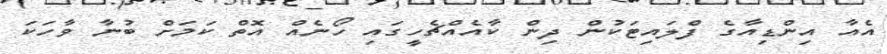
އެއާ އިންޑިއާގެ ފްލައިޓަކުން ދިން ކާއެއްޗެހީގައި ހޯނެއް އޮތް ކަމަށް ބުނާ ވާހަކަ